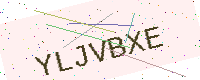
Text: YLJVBXE